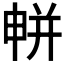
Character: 𭦘